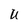
Character: U